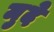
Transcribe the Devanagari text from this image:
मुदे